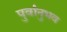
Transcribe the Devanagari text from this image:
पुर्वानुभव